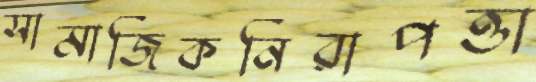
সামাজিকনিরাপত্তা